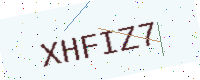
Text: XHFIZ7